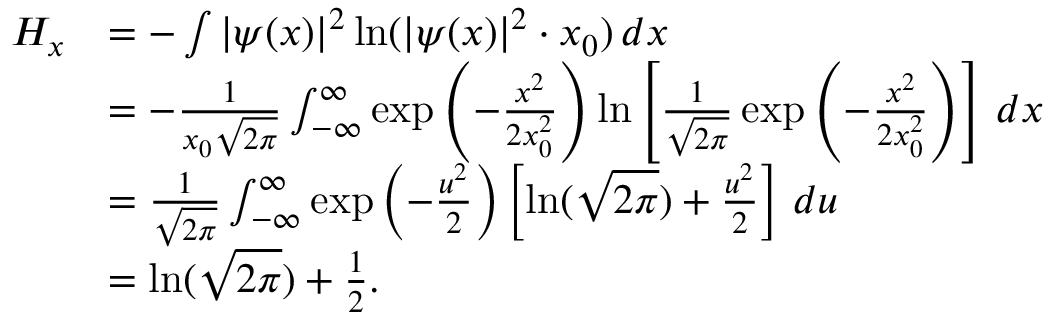
{ \begin{array} { r l } { H _ { x } } & { = - \int | \psi ( x ) | ^ { 2 } \ln ( | \psi ( x ) | ^ { 2 } \cdot x _ { 0 } ) \, d x } \\ & { = - { \frac { 1 } { x _ { 0 } { \sqrt { 2 \pi } } } } \int _ { - \infty } ^ { \infty } \exp { \left( - { \frac { x ^ { 2 } } { 2 x _ { 0 } ^ { 2 } } } \right) } \ln \left[ { \frac { 1 } { \sqrt { 2 \pi } } } \exp { \left( - { \frac { x ^ { 2 } } { 2 x _ { 0 } ^ { 2 } } } \right) } \right] \, d x } \\ & { = { \frac { 1 } { \sqrt { 2 \pi } } } \int _ { - \infty } ^ { \infty } \exp { \left( - { \frac { u ^ { 2 } } { 2 } } \right) } \left[ \ln ( { \sqrt { 2 \pi } } ) + { \frac { u ^ { 2 } } { 2 } } \right] \, d u } \\ & { = \ln ( { \sqrt { 2 \pi } } ) + { \frac { 1 } { 2 } } . } \end{array} }